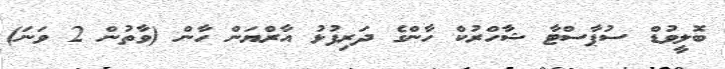
ބޮލީވުޑް ސުޕާސްޓާ ޝާހްރުކް ހާންގެ ދަރިފުޅު އާރްޔަން ހާން (ވާތުން 2 ވަނަ)